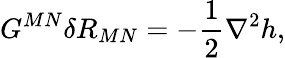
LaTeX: G^{MN}\delta R_{MN}=-{\frac{1}{2}}\nabla^{2}h,